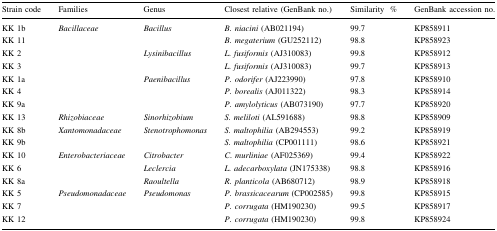
<table><thead><tr><td><b>Strain code</b></td><td><b>Families</b></td><td><b>Genus</b></td><td><b>Closest relative (GenBank no.)</b></td><td><b>Similarity%</b></td><td><b>GenBank accession no.</b></td></tr></thead><tbody><tr><td>KK 1b</td><td rowspan="7"><i>Bacillaceae</i></td><td rowspan="2"><i>Bacillus</i></td><td><i>B. niacini</i> (AB021194)</td><td>99.7</td><td>KP858911</td></tr><tr><td>KK 11</td><td><i>B. megaterium</i> (GU252112)</td><td>98.8</td><td>KP858923</td></tr><tr><td>KK 2</td><td rowspan="2"><i>Lysinibacillus</i></td><td><i>L. fusiformis</i> (AJ310083)</td><td>99.8</td><td>KP858912</td></tr><tr><td>KK 3</td><td><i>L. fusiformis</i> (AJ310083)</td><td>99.7</td><td>KP858913</td></tr><tr><td>KK 1a</td><td rowspan="3"><i>Paenibacillus</i></td><td><i>P. odorifer</i> (AJ223990)</td><td>97.8</td><td>KP858910</td></tr><tr><td>KK 4</td><td><i>P. borealis</i> (AJ011322)</td><td>98.3</td><td>KP858914</td></tr><tr><td>KK 9a</td><td><i>P. amylolyticus</i> (AB073190)</td><td>97.7</td><td>KP858920</td></tr><tr><td>KK 13</td><td><i>Rhizobiaceae</i></td><td><i>Sinorhizobium</i></td><td><i>S. meliloti</i> (AL591688)</td><td>98.8</td><td>KP858909</td></tr><tr><td>KK 8b</td><td rowspan="2"><i>Xantomonadaceae</i></td><td rowspan="2"><i>Stenotrophomonas</i></td><td><i>S. maltophilia</i> (AB294553)</td><td>99.2</td><td>KP858919</td></tr><tr><td>KK 9b</td><td><i>S. maltophilia</i> (CP001111)</td><td>98.6</td><td>KP858921</td></tr><tr><td>KK 10</td><td rowspan="3"><i>Enterobacteriaceae</i></td><td><i>Citrobacter</i></td><td><i>C. murliniae</i> (AF025369)</td><td>99.4</td><td>KP858922</td></tr><tr><td>KK 6</td><td><i>Leclercia</i></td><td><i>L. adecarboxylata</i> (JN175338)</td><td>98.8</td><td>KP858916</td></tr><tr><td>KK 8a</td><td><i>Raoultella</i></td><td><i>R. planticola</i> (AB680712)</td><td>98.9</td><td>KP858918</td></tr><tr><td>KK 5</td><td rowspan="3"><i>Pseudomonadaceae</i></td><td rowspan="3"><i>Pseudomonas</i></td><td><i>P. brassicacearum</i> (CP002585)</td><td>99.8</td><td>KP858915</td></tr><tr><td>KK 7</td><td><i>P. corrugata</i> (HM190230)</td><td>99.5</td><td>KP858917</td></tr><tr><td>KK 12</td><td><i>P. corrugata</i> (HM190230)</td><td>99.8</td><td>KP858924</td></tr></tbody></table>